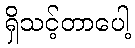
ရှိသင့်တာပေါ့